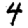
Digit: 4